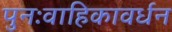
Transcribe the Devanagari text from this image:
पुनःवाहिकावर्धन